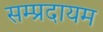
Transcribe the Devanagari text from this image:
सम्प्रदायम